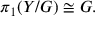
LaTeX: \pi _ { 1 } ( Y / G ) \cong G .